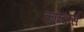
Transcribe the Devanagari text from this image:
कौन्कर्स